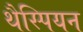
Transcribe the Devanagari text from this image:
थैस्पियन